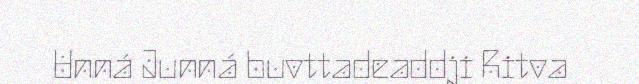
Unná Junná buvttadeaddji Ritva